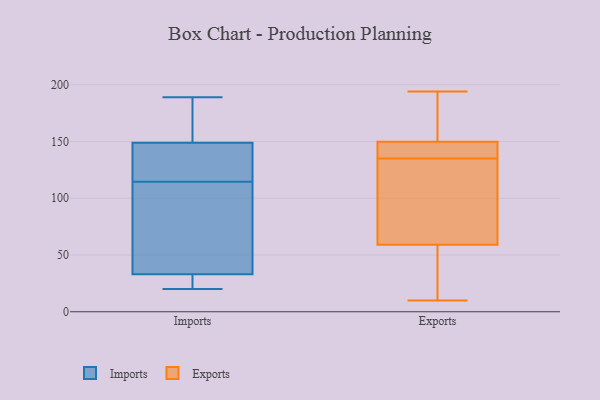
{"axis": {"x": "Backlog", "y": "Value"}, "legend": ["Exports", "Imports"], "data": [{"x": "", "y": 37, "type": "Imports"}, {"x": "", "y": 180, "type": "Imports"}, {"x": "", "y": 150, "type": "Imports"}, {"x": "", "y": 20, "type": "Imports"}, {"x": "", "y": 185, "type": "Imports"}, {"x": "", "y": 31, "type": "Imports"}, {"x": "", "y": 107, "type": "Imports"}, {"x": "", "y": 148, "type": "Imports"}, {"x": "", "y": 189, "type": "Imports"}, {"x": "", "y": 144, "type": "Imports"}, {"x": "", "y": 23, "type": "Imports"}, {"x": "", "y": 173, "type": "Imports"}, {"x": "", "y": 54, "type": "Imports"}, {"x": "", "y": 122, "type": "Imports"}, {"x": "", "y": 135, "type": "Imports"}, {"x": "", "y": 35, "type": "Imports"}, {"x": "", "y": 22, "type": "Imports"}, {"x": "", "y": 24, "type": "Imports"}, {"x": "", "y": 52, "type": "Imports"}, {"x": "", "y": 132, "type": "Imports"}, {"x": "", "y": 145, "type": "Exports"}, {"x": "", "y": 135, "type": "Exports"}, {"x": "", "y": 177, "type": "Exports"}, {"x": "", "y": 91, "type": "Exports"}, {"x": "", "y": 50, "type": "Exports"}, {"x": "", "y": 10, "type": "Exports"}, {"x": "", "y": 155, "type": "Exports"}, {"x": "", "y": 142, "type": "Exports"}, {"x": "", "y": 83, "type": "Exports"}, {"x": "", "y": 194, "type": "Exports"}, {"x": "", "y": 62, "type": "Exports"}, {"x": "", "y": 30, "type": "Exports"}, {"x": "", "y": 148, "type": "Exports"}]}